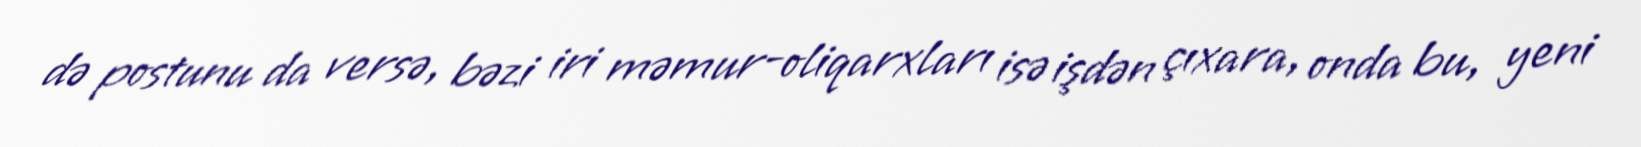
də postunu da versə, bəzi iri məmur-oliqarxları isə işdən çıxara, onda bu, yeni